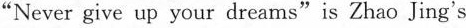
"Never give up your dreams" is Zhao Jing's